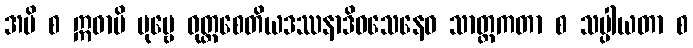
အပိ စ ဣဓာပိ ပုဗ္ဗေ ဝုတ္တစေတိယဒဿနာဒိဝသေနေဝ သာတ္ထကတာ စ သပ္ပါယတာ စ